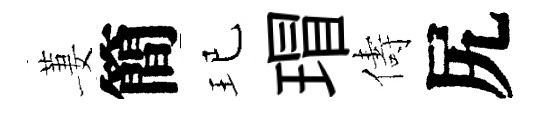
萋簡玘瑁儔尻